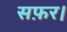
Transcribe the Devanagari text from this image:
सफ़र।